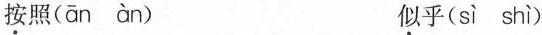
按照（ān àn） 似乎（sì shì）